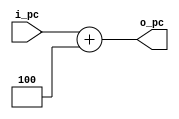
`timescale 1ns / 1ps    

module PCAddFour(i_pc, o_pc);
    input wire [31:0] i_pc;
    output wire [31:0] o_pc;
    assign o_pc[31:0] = i_pc[31:0] + 4;
endmodule